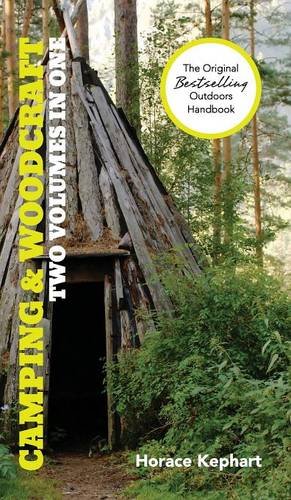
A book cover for Camping and Woodcraft: A Handbook for Vacation Campers and for Travelers in the Wilderness (2 Volumes in 1); Horace Kephart; Crafts, Hobbies & Home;